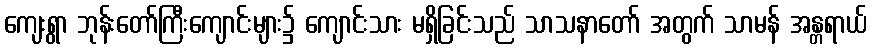
ကျေးရွာ ဘုန်းတော်ကြီးကျောင်းများ၌ ကျောင်းသား မရှိခြင်းသည် သာသနာတော် အတွက် သာမန် အန္တရာယ်